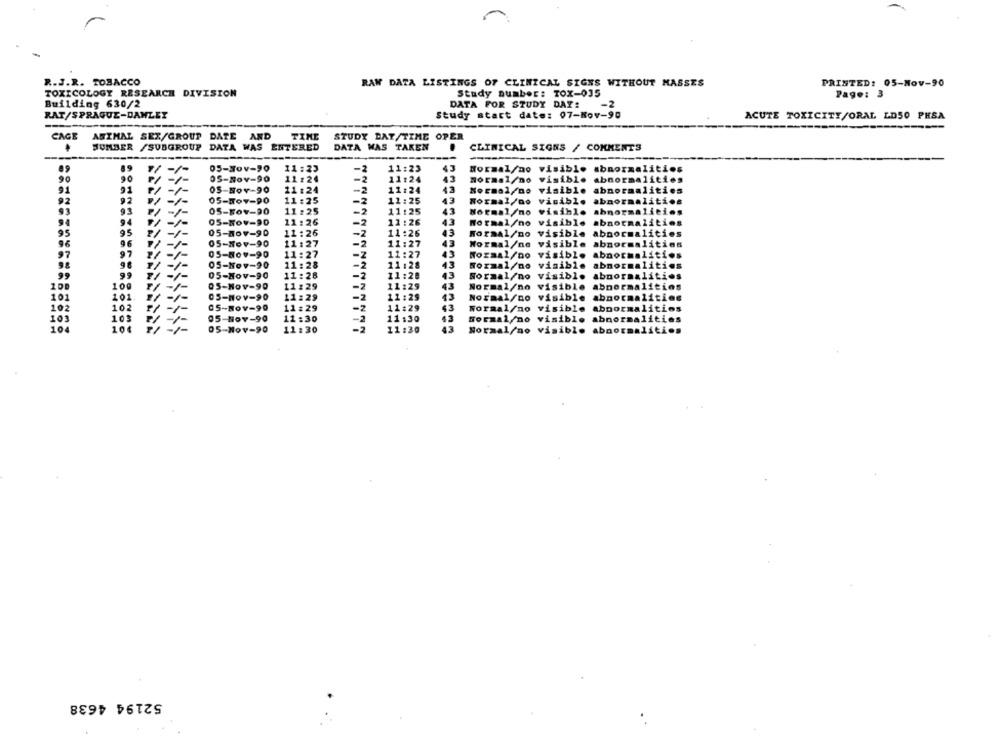
R.J.R. TOBACCO
PRINTED: 05-Nov-90
RAW DATA LISTINGS OF CLINICAL SIGNS WITHOUT MASSES
TOXICOLOGY RESEARCH DIVISION
Study number: TOX-035
Page: 3
Building 630/2
DATA FOR STUDY DAY!
-2
RAT/SPRAGUE-DANLET
Study start date: 07-Nov-90
ACUTE TOXICITY/ORAL LD50 PHSA
CAGE
ANIMAL SEX/GROUP DATE AND
TINE
STUDY DAT/TIME OPER
HUMBER /SUBGROUP DATA WAS ENTERED
DATA WAS TAKEN
CLINICAL SIGNS / COMMENTS
1/
05-Nov-90
11:23
-2
11:23
43
Normal/no visible abnormalities
90
OS-Nov-90
11:24
11:24
47
Hormal no visible abnormalities
P/
91
91
05-Nov-90
11:24
-2
11:24
43
Normal no visible
abnormalities
92
92
05-NOV-90
11 :25
11:25
43
Normal/no visible
abnormaliti.
93
93
05-NOV-90
11 :25
11:25
43
Normal/no visible
abnormaliti
94
94
05-NOV-90
11 :26
-2
11 :26
43
Normal/no visible
abnormalitio
95
95
-/-
05-nov-90
11 :26
-7
11:26
43
Wormal/no
visible
abnormalities
96
96
05-Nov-90
11:27
-2
11:27
43
Normal/no visible
abnormalities
05-804-90
11:27
97
97
11:27
43
Tozaal/no visible
abnormalities
98
05-Nov-90
11:28
-2
11:28
43
Normal no visible
abnormaliti
99
99
05-Nov-90
11 :28
-2
11:20
43
visibl.
abnormalities
Normal/no
100
05-Nov-90
11:29
11 :29
43
Normal/no
visible
abnormalities
101
101
05-Nov-90
11:29
11:29
13
Normal/no visible abnormalities
202
102
05-Nov-90
11:29
11:29
43
Normal/no
visible
abnormalities
103
/-
05-Nov-90
11 :30
11:30
43
formal no visible
abnormalities
104
10
05-Nov-90
11:30
11:30
43
Normal no
52194 4638